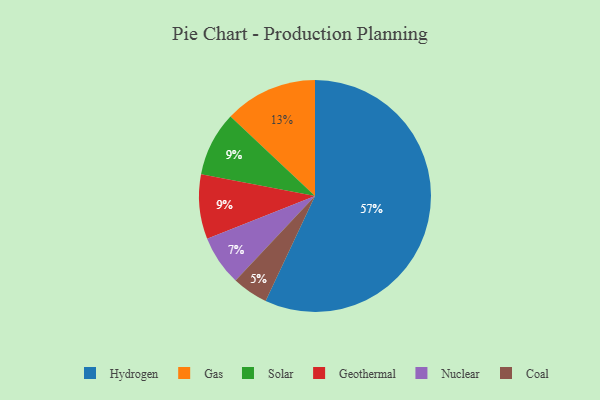
{"axis": {"x": "Category", "y": "Percentage"}, "legend": ["Coal", "Gas", "Geothermal", "Hydrogen", "Nuclear", "Solar"], "data": [{"x": "Solar", "y": 9, "type": "Solar"}, {"x": "Geothermal", "y": 9, "type": "Geothermal"}, {"x": "Coal", "y": 5, "type": "Coal"}, {"x": "Nuclear", "y": 7, "type": "Nuclear"}, {"x": "Hydrogen", "y": 57, "type": "Hydrogen"}, {"x": "Gas", "y": 13, "type": "Gas"}]}